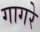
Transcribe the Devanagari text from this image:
गागरे